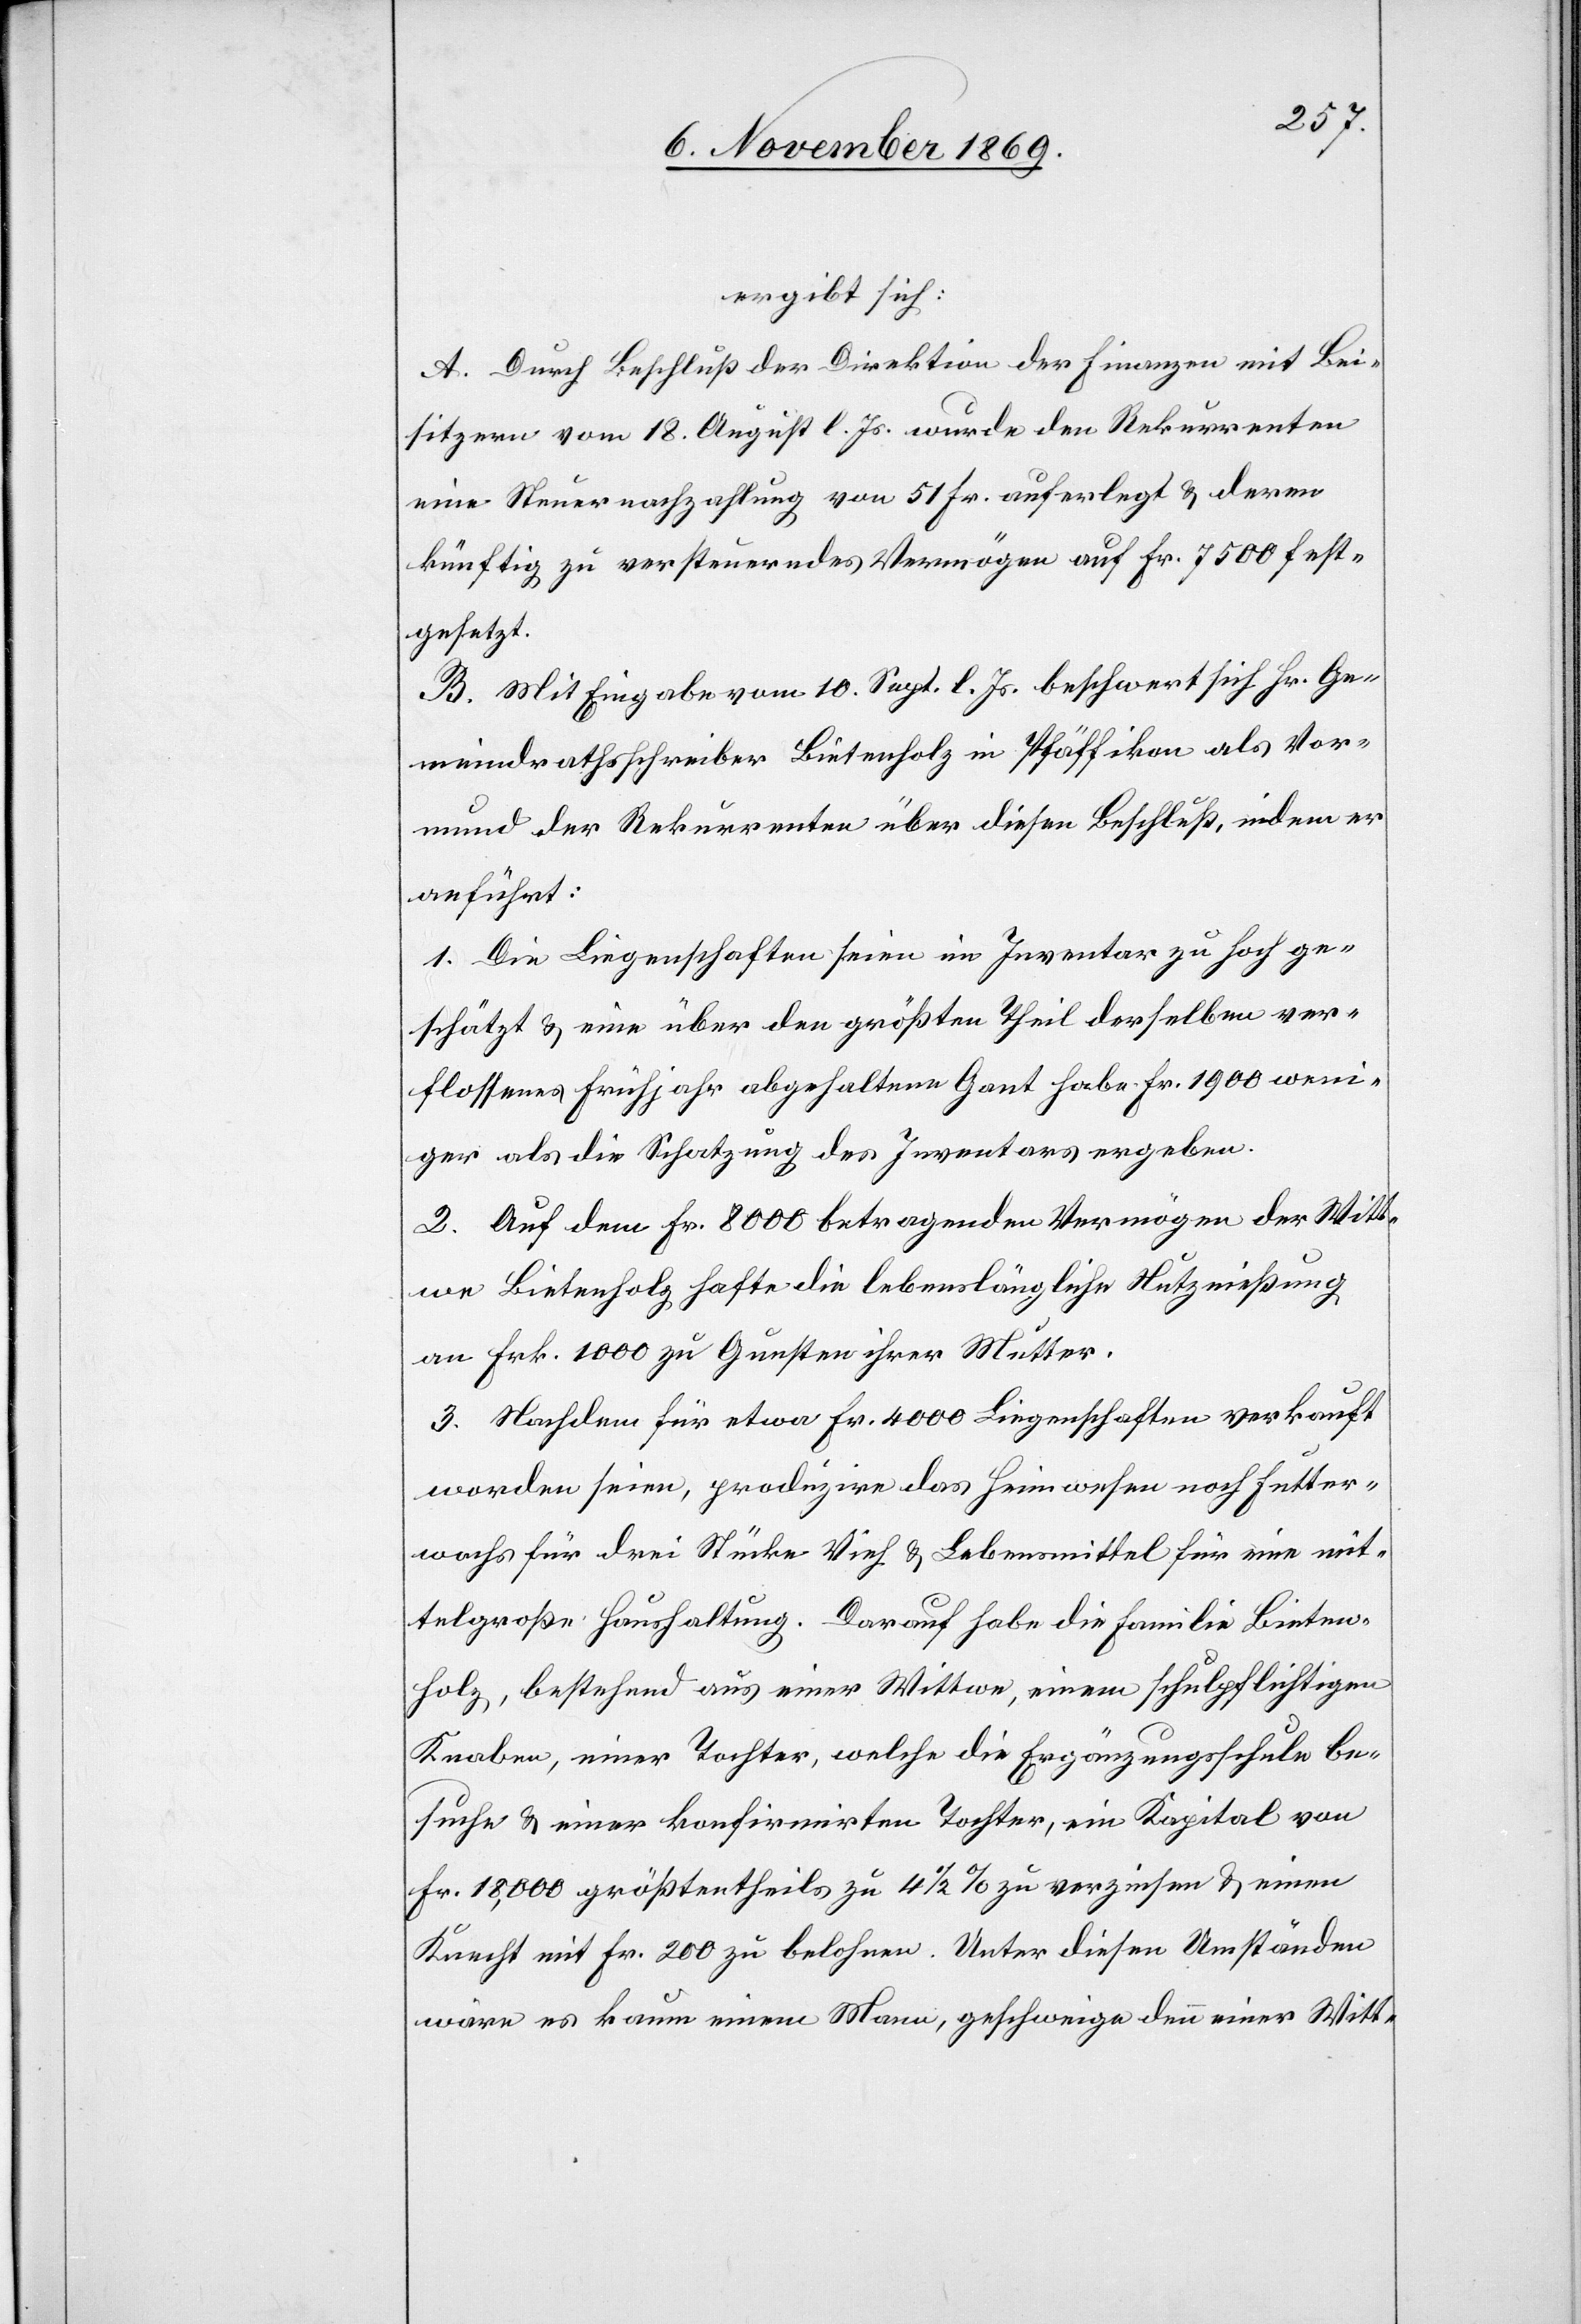
ergibt sich:
A. Durch Beschluß der Direktion der Finanzen mit Bei¬
sitzern vom 18. August l. Js. wurde den Rekurrenten
eine Steuernachzahlung von 51 Fr. auferlegt & deren
künftig zu versteuerndes Vermögen auf Fr. 7500 fest¬
gesetzt.
B. Mit Eingabe vom 10. Sept. l. Js. beschwert sich Hr. Ge¬
meindrathsschreiber Bietenholz in Pfäffikon als Vor¬
mund der Rekurrenten über diesen Beschluß, indem er
anführt:
1. Die Liegenschaften seien im Inventar zu hoch ge¬
schätzt & eine über den größten Theil derselben ver¬
flossenes Frühjahr abgehaltene Gant habe Fr. 1900 weni¬
ger als die Schatzung des Inventars ergeben.
2. Auf dem Fr. 8000 betragenden Vermögen der Witt¬
we Bietenholz hafte die lebenslängliche Nutznießung
an Frk. 1000 zu Gunsten ihrer Mutter.
3. Nachdem für etwa Fr. 4000 Liegenschaften verkauft
worden seien, produzire das Heimwesen noch Futter¬
wachs für drei Stücke Vieh & Lebensmittel für eine mit¬
telgroße Haushaltung. Darauf habe die Familie Bieten¬
holz, bestehend aus einer Wittwe, einem schulpflichtigen
Knaben, einer Tochter, welche die Ergänzungsschule be¬
suche & einer konfirmirten Tochter, ein Kapital von
Fr. 18,000 größtentheils zu 4 1/2 % zu verzinsen & einen
Knecht mit Fr. 200 zu belohnen. Unter diesen Umständen
wäre es kaum einem Mann, geschweige denn einer Witt-